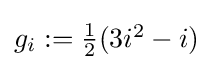
g_{i}:=\textstyle {\frac {1}{2}}(3i^{2}-i)